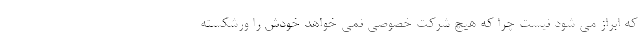
که ابراز می شود نیست چرا که هیچ شرکت خصوصی نمی خواهد خودش را ورشکسته